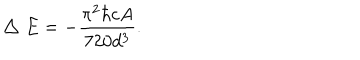
\bigtriangleup E = - { \frac { \pi ^ { 2 } { \hbar } c A } { 7 2 0 d ^ { 3 } } } .